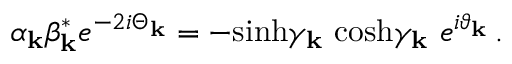
\alpha _ { \bf k } \beta _ { \bf k } ^ { \ast } e ^ { - 2 i \Theta _ { \bf k } } = - \mathrm { s i n h } \gamma _ { \bf k } \ \mathrm { c o s h } \gamma _ { \bf k } \ e ^ { i \vartheta _ { \bf k } } \, .